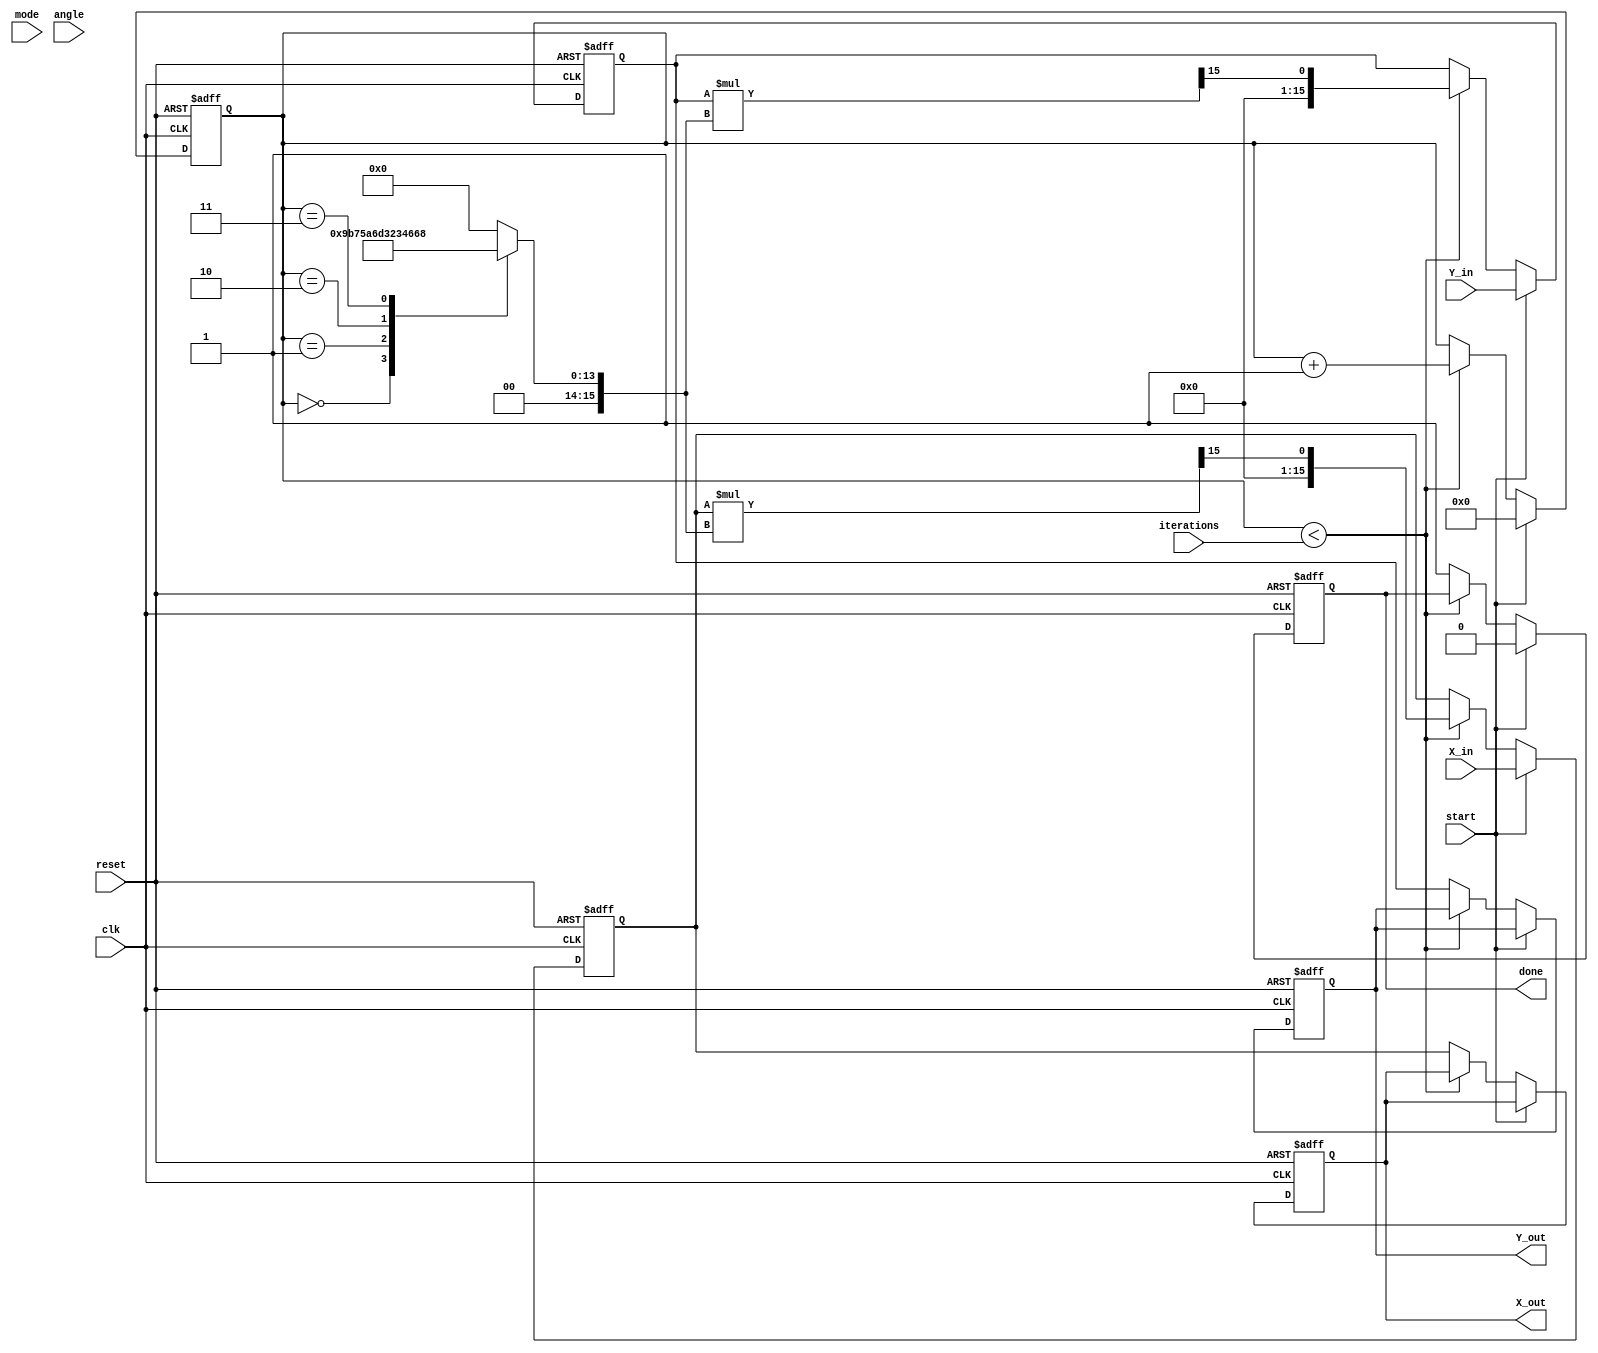
module modified_cordic (
    input wire clk,
    input wire reset,
    input wire start,
    input wire mode, // 0 for circular, 1 for hyperbolic
    input wire [15:0] X_in, // Input X coordinate
    input wire [15:0] Y_in, // Input Y coordinate
    input wire [15:0] angle, // Angle input in radians (fixed-point)
    input wire [3:0] iterations, // Number of iterations
    output reg [15:0] X_out, // Output X coordinate
    output reg [15:0] Y_out, // Output Y coordinate
    output reg done // Operation done signal
);

    // Internal signals
    reg [15:0] X_reg, Y_reg;
    reg [15:0] angle_table [0:15]; // Angle Lookup Table
    reg [3:0] count; // Iteration counter
    reg [15:0] angle_current; // Current angle for rotation
    reg [15:0] scaling_factor; // Scaling factor for each iteration

    // Initialize angle lookup table (arctan values)
    initial begin
        angle_table[0] = 16'h0000; // atan(0)
        angle_table[1] = 16'h3243; // atan(1/2)
        angle_table[2] = 16'h5A82; // atan(1/4)
        angle_table[3] = 16'h7D89; // atan(1/8)
        angle_table[4] = 16'hA3D7; // atan(1/16)
        angle_table[5] = 16'hC90F; // atan(1/32)
        angle_table[6] = 16'hE2D9; // atan(1/64)
        angle_table[7] = 16'hF6A4; // atan(1/128)
        angle_table[8] = 16'h0000; // Placeholder for more angles
        angle_table[9] = 16'h0000; // Placeholder for more angles
        angle_table[10] = 16'h0000; // Placeholder for more angles
        angle_table[11] = 16'h0000; // Placeholder for more angles
        angle_table[12] = 16'h0000; // Placeholder for more angles
        angle_table[13] = 16'h0000; // Placeholder for more angles
        angle_table[14] = 16'h0000; // Placeholder for more angles
        angle_table[15] = 16'h0000; // Placeholder for more angles
    end

    // Scaling factor for each iteration (for simplicity, using fixed values)
    always @(*) begin
        case (count)
            4'd0: scaling_factor = 16'h26DD; // 1/sqrt(1 + 2^0)
            4'd1: scaling_factor = 16'h1A6D; // 1/sqrt(1 + 2^(-1))
            4'd2: scaling_factor = 16'h0C8D; // 1/sqrt(1 + 2^(-2))
            4'd3: scaling_factor = 16'h0666; // 1/sqrt(1 + 2^(-3))
            // Add more scaling factors as needed
            default: scaling_factor = 16'h0000;
        endcase
    end

    // Sequential logic for CORDIC operation
    always @(posedge clk or posedge reset) begin
        if (reset) begin
            X_reg <= 16'h0000;
            Y_reg <= 16'h0000;
            count <= 4'd0;
            done <= 1'b0;
            X_out <= 16'h0000;
            Y_out <= 16'h0000;
        end else if (start) begin
            // Initialize registers
            X_reg <= X_in;
            Y_reg <= Y_in;
            angle_current <= angle;
            count <= 4'd0;
            done <= 1'b0;
        end else if (count < iterations) begin
            // CORDIC rotation logic
            if (angle_current < 0) begin
                // Perform rotation in negative direction
                X_reg <= X_reg + (Y_reg >>> count);
                Y_reg <= Y_reg - (X_reg >>> count);
                angle_current <= angle_current + angle_table[count];
            end else begin
                // Perform rotation in positive direction
                X_reg <= X_reg - (Y_reg >>> count);
                Y_reg <= Y_reg + (X_reg >>> count);
                angle_current <= angle_current - angle_table[count];
            end
            
            // Apply scaling factor
            X_reg <= (X_reg * scaling_factor) >>> 15; // Adjust for fixed-point
            Y_reg <= (Y_reg * scaling_factor) >>> 15; // Adjust for fixed-point
            
            count <= count + 1;
        end else begin
            // Output final results
            X_out <= X_reg;
            Y_out <= Y_reg;
            done <= 1'b1;
        end
    end

endmodule